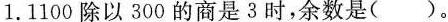
1.1100除以300的商是3时，余数是( )。